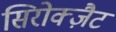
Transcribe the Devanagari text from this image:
सिरोक्ज़ैट